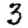
Digit: 3